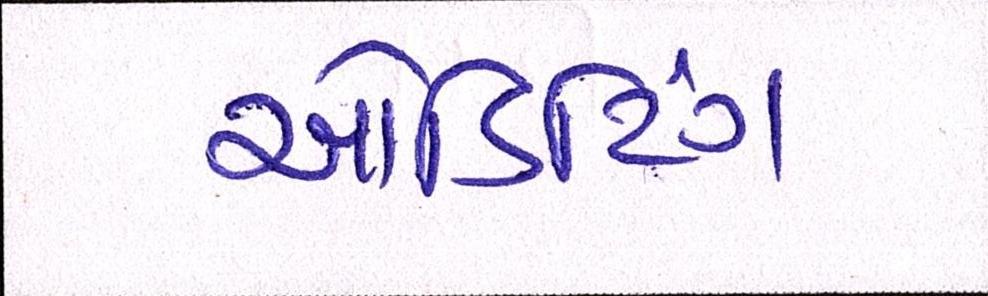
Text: ઓડિટિંગ